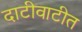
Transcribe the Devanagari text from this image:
दाटीवाटीत